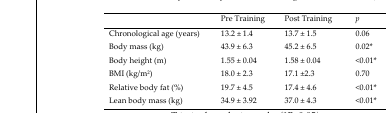
<table><thead><tr><td></td><td><b>Pre Training</b></td><td><b>Post Training</b></td><td><b><i>p</i></b></td></tr></thead><tbody><tr><td>Chronological age (years)</td><td>13.2 ± 1.4</td><td>13.7 ± 1.5</td><td>0.06</td></tr><tr><td>Body mass (kg)</td><td>43.9 ± 6.3</td><td>45.2 ± 6.5</td><td>0.02*</td></tr><tr><td>Body height (m)</td><td>1.55 ± 0.04</td><td>1.58 ± 0.04</td><td>&lt;0.01*</td></tr><tr><td>BMI (kg/m<sup>2</sup>)</td><td>18.0 ± 2.3</td><td>17.1 ±2.3</td><td>0.70</td></tr><tr><td>Relative body fat (%)</td><td>19.7 ± 4.5</td><td>17.4 ± 4.6</td><td>&lt;0.01*</td></tr><tr><td>Lean body mass (kg)</td><td>34.9 ± 3.92</td><td>37.0 ± 4.3</td><td>&lt;0.01*</td></tr></tbody></table>